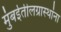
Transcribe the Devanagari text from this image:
मुंबईतीलग्रास्‍थांना